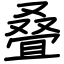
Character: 叠